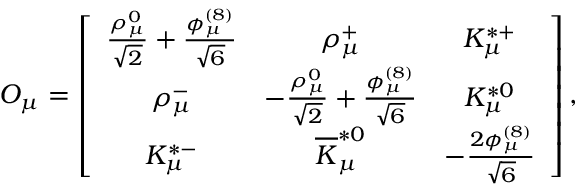
{ \cal O } _ { \mu } = \left[ \begin{array} { c c c } { { { \frac { \rho _ { \mu } ^ { 0 } } { \sqrt { 2 } } } + { \frac { \phi _ { \mu } ^ { ( 8 ) } } { \sqrt { 6 } } } } } & { { \rho _ { \mu } ^ { + } } } & { { K _ { \mu } ^ { * + } } } \\ { { \rho _ { \mu } ^ { - } } } & { { - { \frac { \rho _ { \mu } ^ { 0 } } { \sqrt { 2 } } } + { \frac { \phi _ { \mu } ^ { ( 8 ) } } { \sqrt { 6 } } } } } & { { K _ { \mu } ^ { * 0 } } } \\ { { K _ { \mu } ^ { * - } } } & { { \overline { { K } } _ { \mu } ^ { * 0 } } } & { { - { \frac { 2 \phi _ { \mu } ^ { ( 8 ) } } { \sqrt { 6 } } } } } \end{array} \right] ,